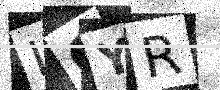
Text: IQYR